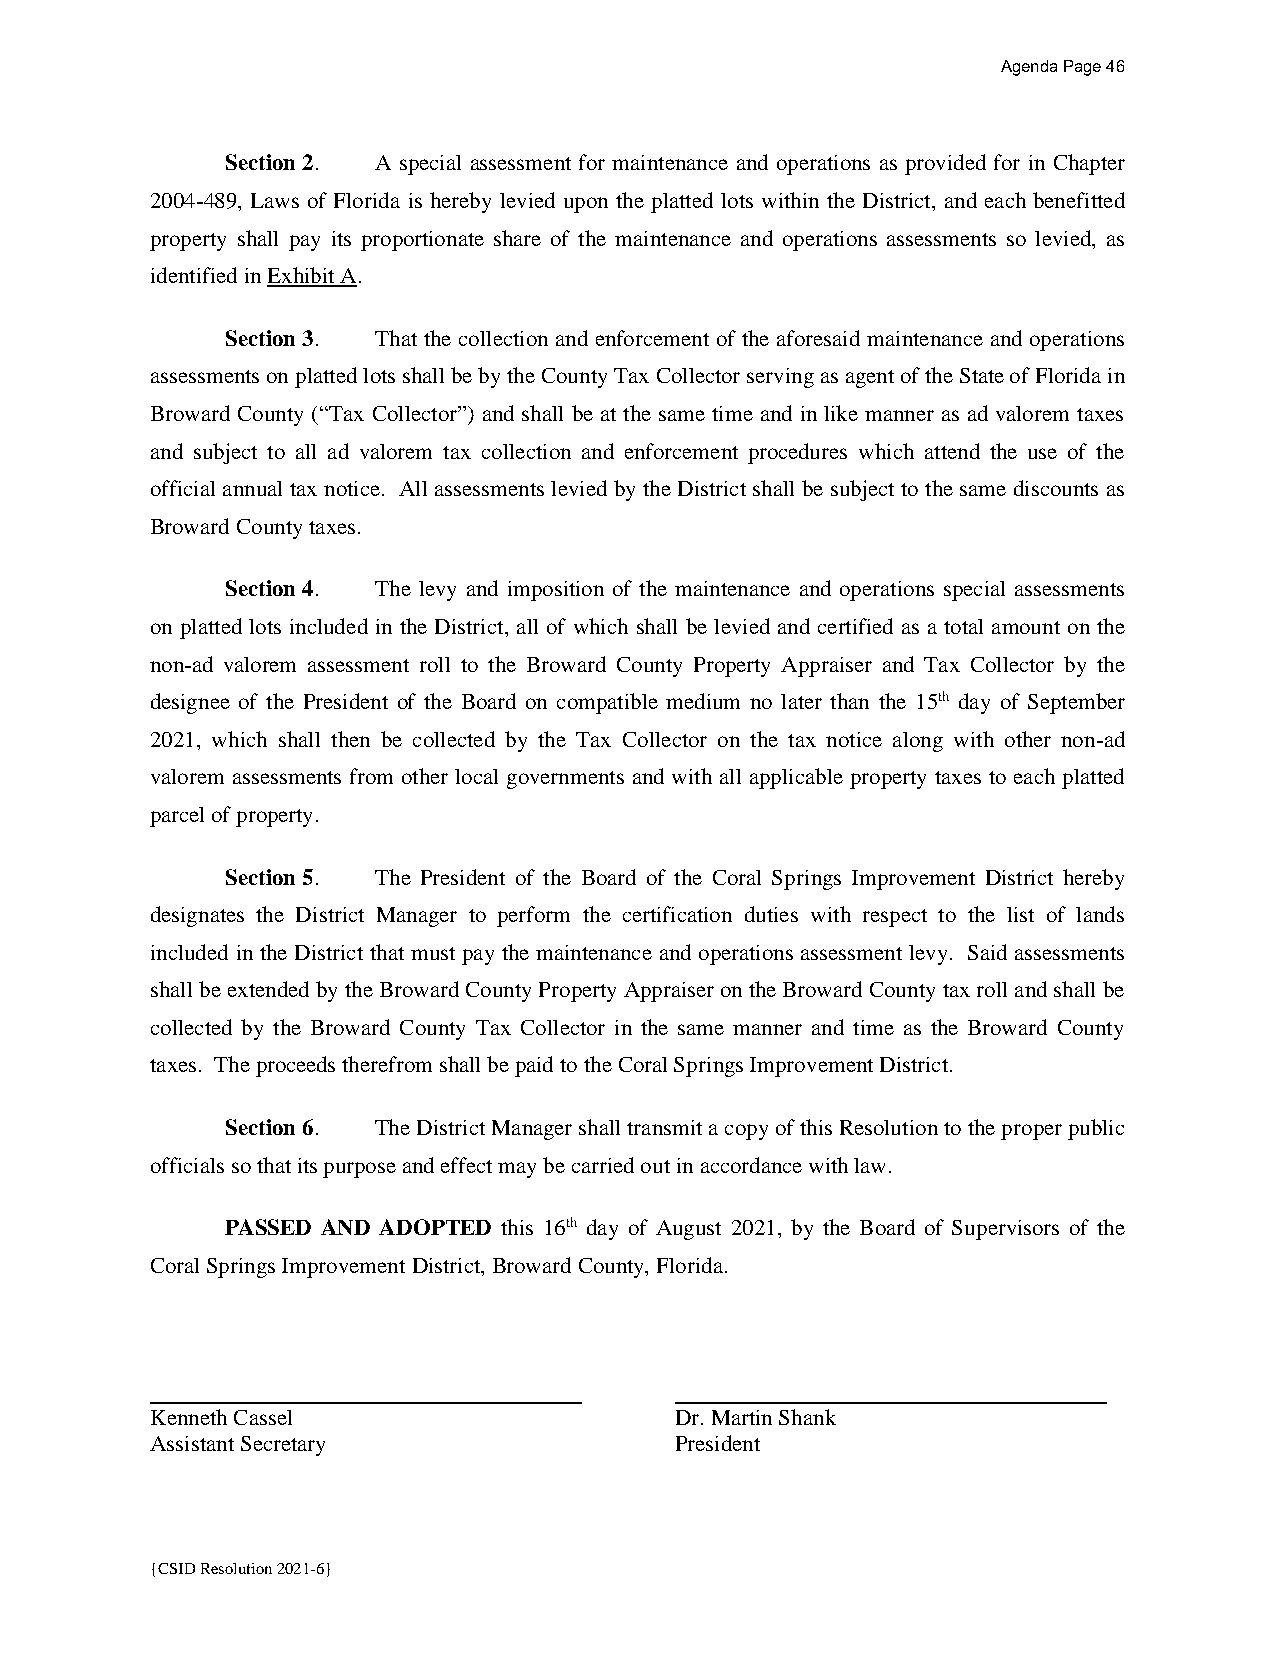
Agenda Page 46
 Section 2. A special assessment for maintenance and operations as provided for in Chapter
 2004-489, Laws of Florida is hereby levied upon the platted lots within the District, and each benefitted
 property shall pay its proportionate share of the maintenance and operations assessments so levied, as
 identified in Exhibit A.
 Section 3. That the collection and enforcement of the aforesaid maintenance and operations
 assessments on platted lots shall be by the County Tax Collector serving as agent of the State of Florida in
 Broward County (“Tax Collector”) and shall be at the same time and in like manner as ad valorem taxes
 and subject to all ad valorem tax collection and enforcement procedures which attend the use of the
 official annual tax notice. All assessments levied by the District shall be subject to the same discounts as
 Broward County taxes.
 Section 4. The levy and imposition of the maintenance and operations special assessments
 on platted lots included in the District, all of which shall be levied and certified as a total amount on the
 non-ad valorem assessment roll to the Broward County Property Appraiser and Tax Collector by the
 designee of the President of the Board on compatible medium no later than the 15th day of September
 2021, which shall then be collected by the Tax Collector on the tax notice along with other non-ad
 valorem assessments from other local governments and with all applicable property taxes to each platted
 parcel of property.
 Section 5. The President of the Board of the Coral Springs Improvement District hereby
 designates the District Manager to perform the certification duties with respect to the list of lands
 included in the District that must pay the maintenance and operations assessment levy. Said assessments
 shall be extended by the Broward County Property Appraiser on the Broward County tax roll and shall be
 collected by the Broward County Tax Collector in the same manner and time as the Broward County
 taxes. The proceeds therefrom shall be paid to the Coral Springs Improvement District.
 Section 6. The District Manager shall transmit a copy of this Resolution to the proper public
 officials so that its purpose and effect may be carried out in accordance with law.
 PASSED AND ADOPTED this 16th day of August 2021, by the Board of Supervisors of the
 Coral Springs Improvement District, Broward County, Florida.
 Kenneth Cassel                     Dr. Martin Shank
 Assistant Secretary                President
 {CSID Resolution 2021-6}